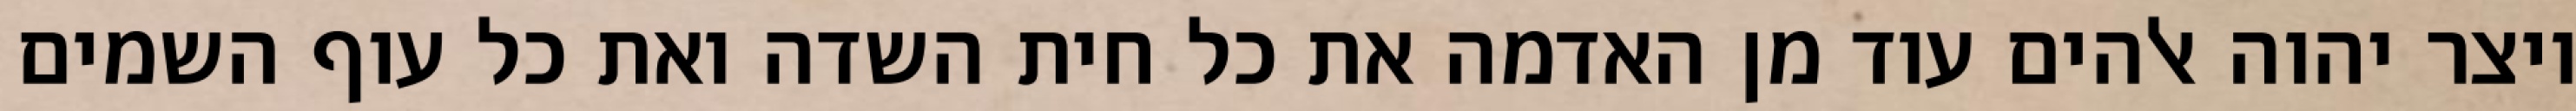
ויצר יהוה אלהים עוד מן האדמה את כל חית השדה ואת כל עוף השמים